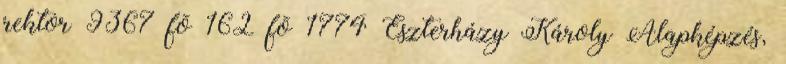
rektor 9367 fõ 162 fõ 1774 Eszterházy Károly Alapképzés,